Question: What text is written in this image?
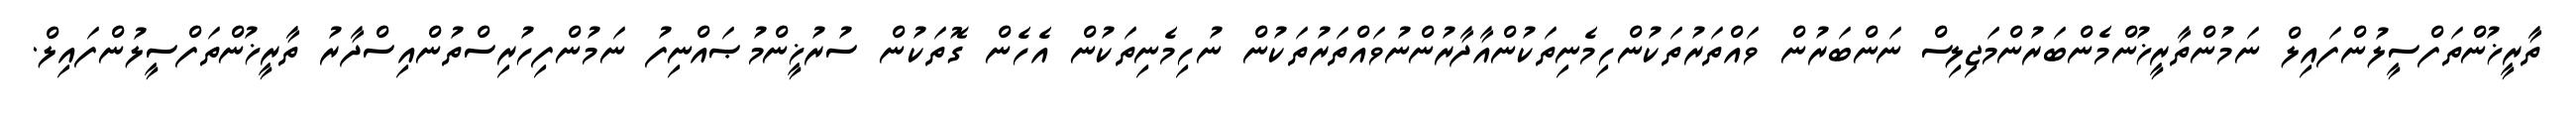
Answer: ތާރީޚުންތަފްސީލުންފައިލް ނަމުންތާރީޚުންމެންބަރުންމަޖިލިސް ނަންބަރުން ވައްތަރުތަކުންހިމެނިތަކުންއާދާރުންނުވައްތަރުތަކުން ނުހިމެނިތަކުން އެހެން ގޮތަކުން ސުރުޚީންމުޞައްނިފު ނަމުންފިހުރިސްތުންއިސްދާރު ތާރީޚުންތަފްސީލުންފައިލް.